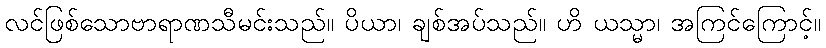
လင်ဖြစ်သောဗာရာဏသီမင်းသည်။ ပိယာ၊ ချစ်အပ်သည်။ ဟိ ယသ္မာ၊ အကြင်ကြောင့်။